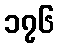
၁၇၆